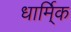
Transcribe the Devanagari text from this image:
धार्मि्क